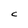
Character: C